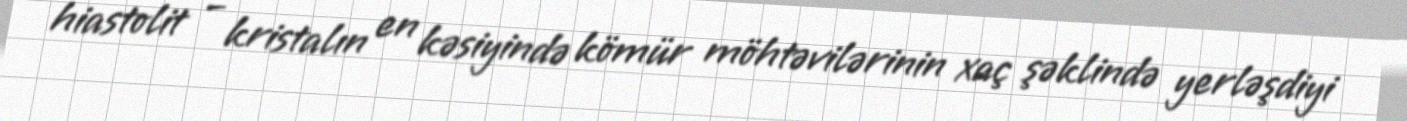
hiastolit – kristalın en kəsiyində kömür möhtəvilərinin xaç şəklində yerləşdiyi